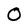
Character: 0